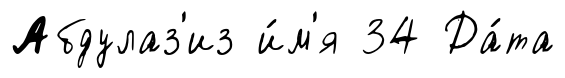
Абдулаз'из и́м'я 34 Да́та